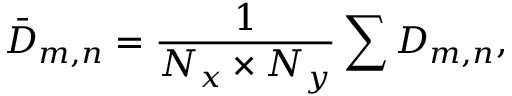
{ { \bar { D } } _ { m , n } } = \frac { 1 } { { { N _ { x } } \times { N _ { y } } } } \sum { { D _ { m , n } } } ,